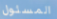
المسئول